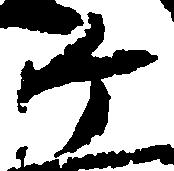
ヶ